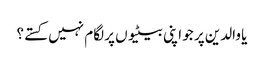
یا والدین پر جو اپنی بیٹیوں پر لگام نہیں کستے؟